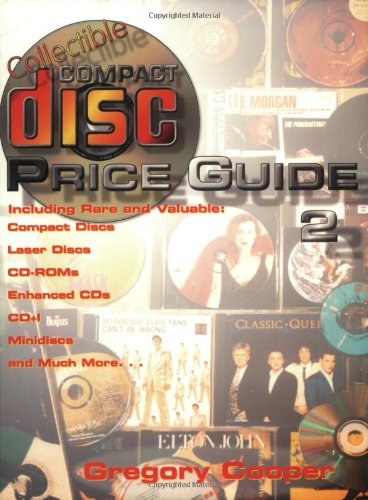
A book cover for Collectible Compact Disc Price Guide; Gregory Cooper; Crafts, Hobbies & Home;